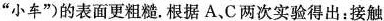
”小车”）的表面更粗糙。根据A、C两次实验得出：接触